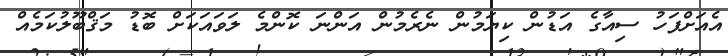
އެއަށްފަހު ސިއާގެ އަޑުން ކިޔަމުން ނެރެމުން އަންނަ ކޮންމެ ލަވައަކަށް ބޮޑު މަޤްބޫލުކަމެއް